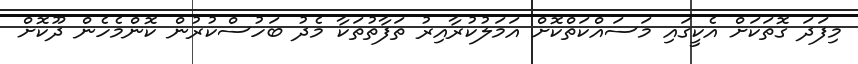
މިފަދަ ގޮތަކަށް އެކީގައި މަސައްކަތްކޮށް އަމަލުކުރާއިރު ތަފާތުތަކާ މެދު ބަހުސްކުރުން ކޮންމެހެން ދޫކޮށް